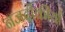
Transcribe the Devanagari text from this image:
नजदीकीयाँ